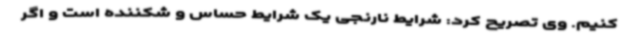
کنیم. وی تصریح کرد: شرایط نارنجی یک شرایط حساس و شکننده است و اگر